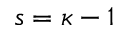
s = \kappa - 1